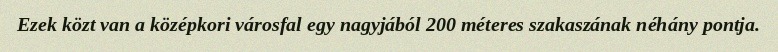
Ezek közt van a középkori városfal egy nagyjából 200 méteres szakaszának néhány pontja.